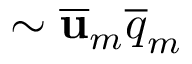
\sim \overline { { \mathbf { u } } } _ { m } \overline { { q } } _ { m }